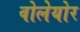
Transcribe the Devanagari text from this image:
वोलेयोर